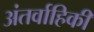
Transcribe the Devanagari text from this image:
अंतर्वाहिकी